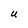
Character: U